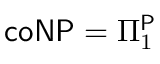
{ \mathsf { c o N P } } = \Pi _ { 1 } ^ { \mathsf { P } }